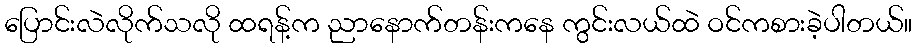
ပြောင်းလဲလိုက်သလို ထရန့်က ညာနောက်တန်းကနေ ကွင်းလယ်ထဲ ဝင်ကစားခဲ့ပါတယ်။